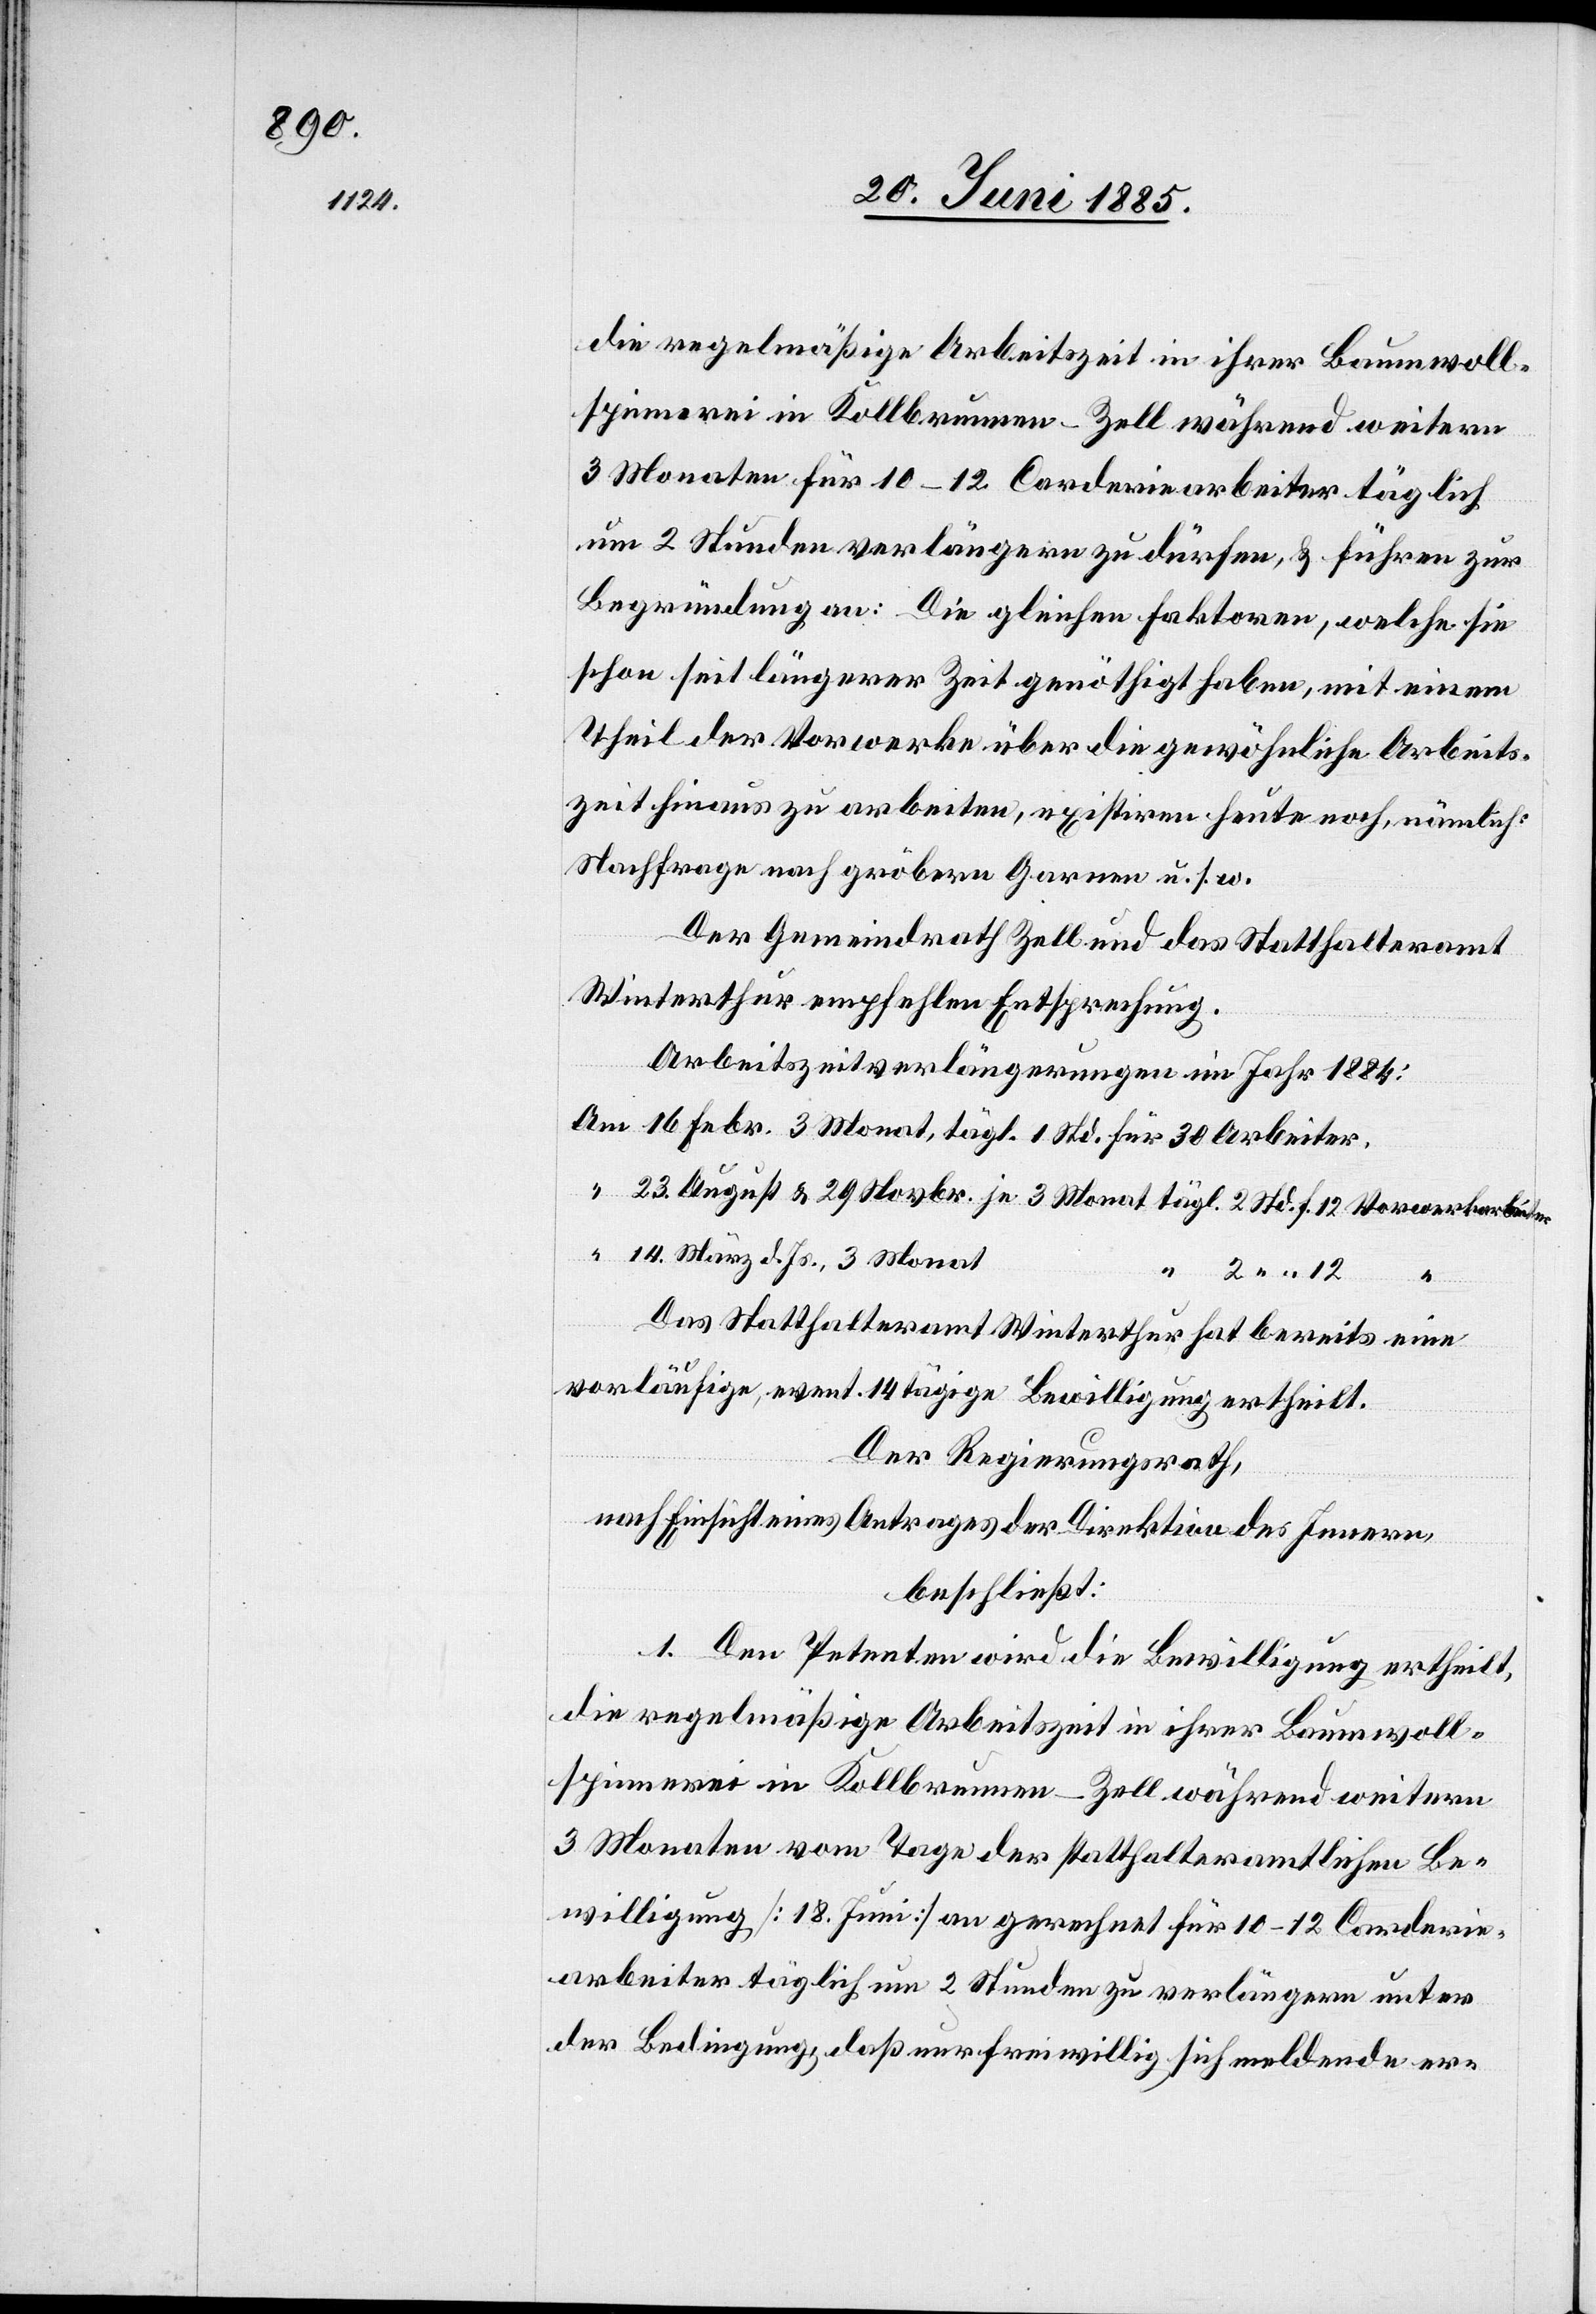
29.
14.

die regelmäßige Arbeitszeit in ihrer Baumwoll¬
spinnerei in Kollbrunnen - Zell während weitern
3 Monaten für 10–12 Carderiearbeiter täglich
um 2 Stunden verlängern zu dürfen, & führen zur
Begründung an: Die gleichen Faktoren, welche sie
schon seit längerer Zeit genöthigt haben, mit einem
Theil der Vorwerke über die gewöhnliche Arbeits¬
zeit hinaus zu arbeiten, existiren heute noch, nämlich:
Nachfrage nach gröbern Garnen u. s. w.
Der Gemeindrath Zell und das Statthalteramt
Winterthur empfehlen Entsprechung.
Arbeitszeitverlängerungen im Jahr 1884:
März d. Js., 3 Monat
Das Statthalteramt Winterthur hat bereits eine
vorläufige, event. 14tägige Bewilligung ertheilt.
Der Regierungsrath,
nach Einsicht eines Antrages der Direktion des Innern,
beschließt:
1. Den Petenten wird die Bewilligung ertheilt,
3 Monaten vom Tage der statthalteramtlichen Be¬
willigung [18. Juni] an gerechnet für 10–12 Corderie¬
arbeiter täglich um 2 Stunden zu verlängern unter
der Bedingung, daß nur freiwillig sich meldende er-